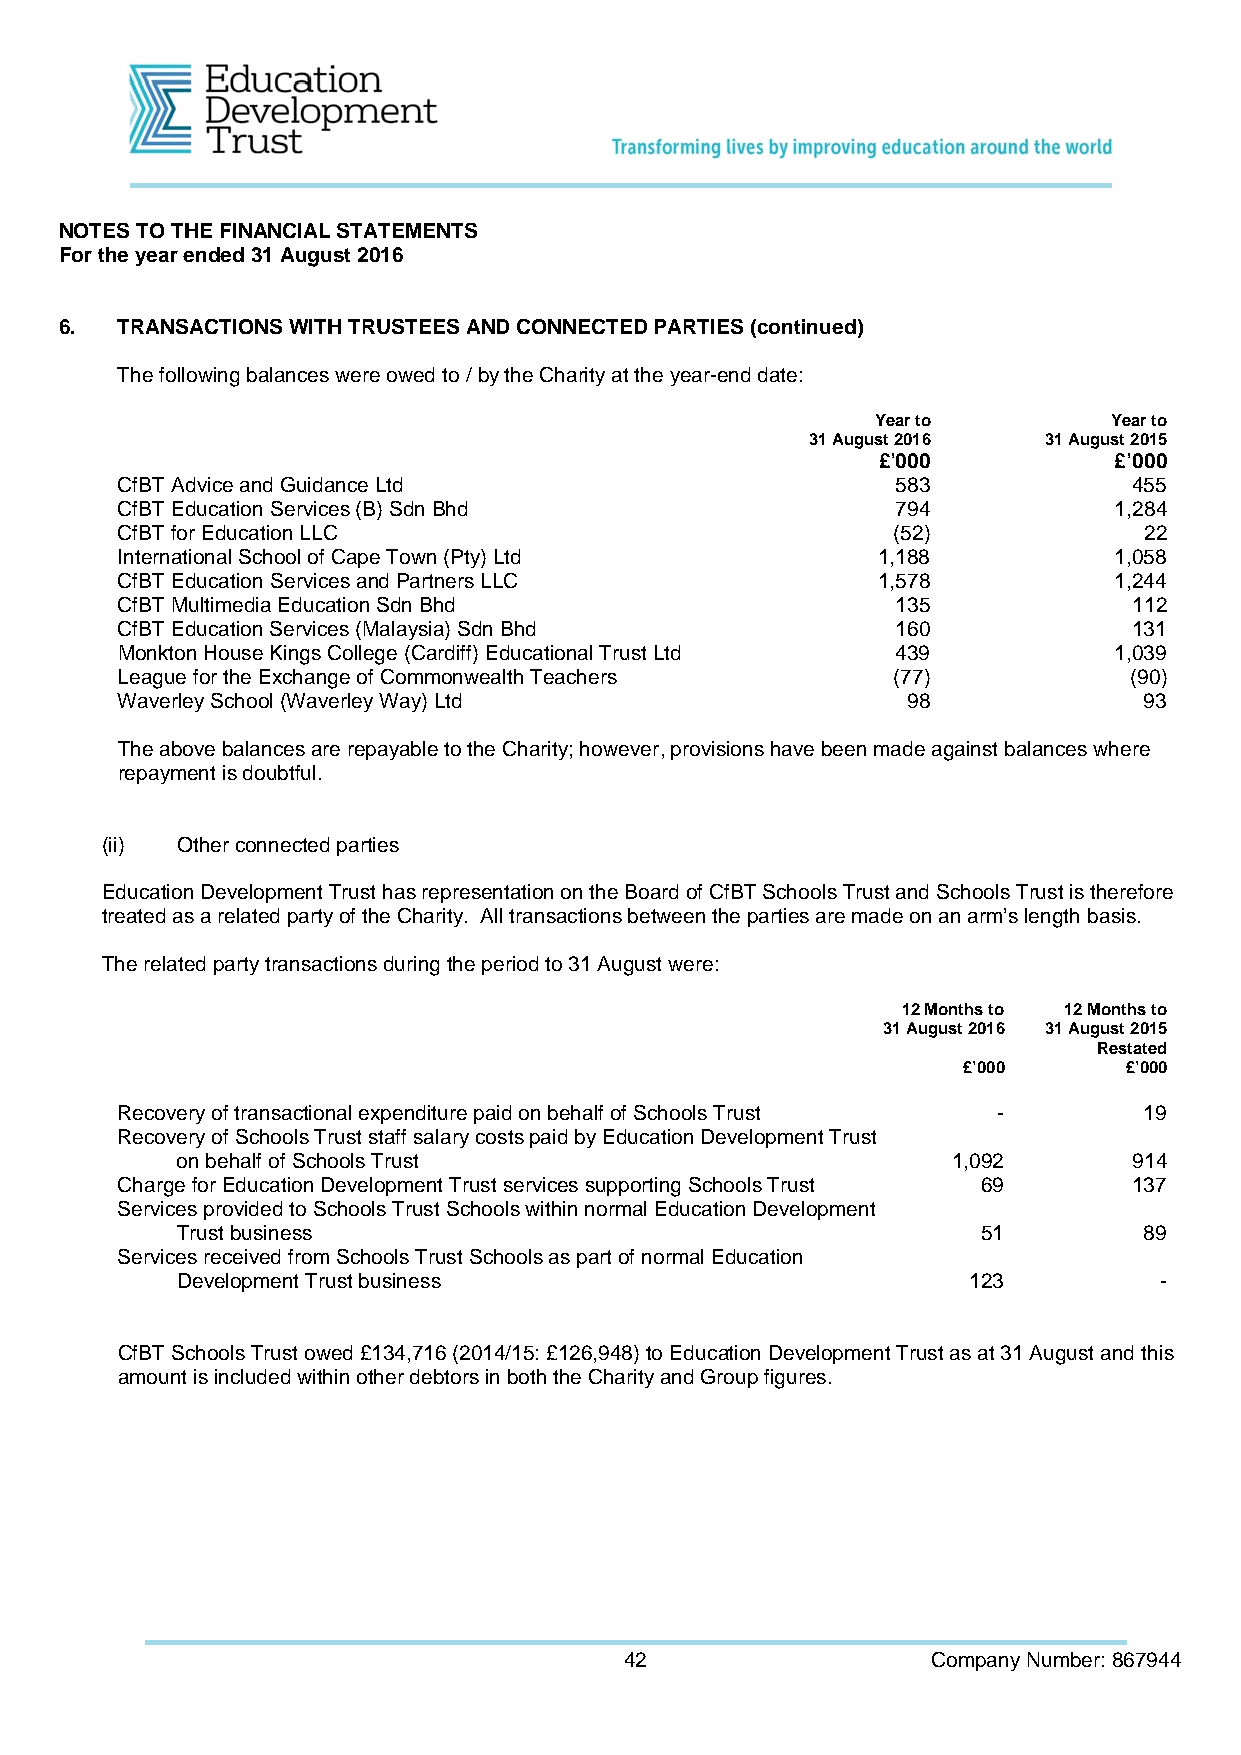
NOTES TO THE FINANCIAL STATEMENTS
 For the year ended 31 August 2016
 6.  TRANSACTIONS WITH TRUSTEES AND CONNECTED PARTIES (continued)
 The following balances were owed to / by the Charity at the year-end date:
 Year to        Year to
 31 August 2016 31 August 2015
 £’000           £’000
 CfBT Advice and Guidance Ltd                       583             455
 CfBT Education Services (B) Sdn Bhd                794            1,284
 CfBT for Education LLC                             (52)             22
 International School of Cape Town (Pty) Ltd       1,188           1,058
 CfBT Education Services and Partners LLC          1,578           1,244
 CfBT Multimedia Education Sdn Bhd                  135             112
 CfBT Education Services (Malaysia) Sdn Bhd         160             131
 Monkton House Kings College (Cardiff) Educational Trust Ltd 439   1,039
 League for the Exchange of Commonwealth Teachers   (77)            (90)
 Waverley School (Waverley Way) Ltd                  98              93
 The above balances are repayable to the Charity; however, provisions have been made against balances where
 repayment is doubtful.
 (ii) Other connected parties
 Education Development Trust has representation on the Board of CfBT Schools Trust and Schools Trust is therefore
 treated as a related party of the Charity. All transactions between the parties are made on an arm’s length basis.
 The related party transactions during the period to 31 August were:
 12 Months to 12 Months to
 31 August 2016 31 August 2015
 Restated
 £’000     £’000
 Recovery of transactional expenditure paid on behalf of Schools Trust - 19
 Recovery of Schools Trust staff salary costs paid by Education Development Trust
 on behalf of Schools Trust                         1,092       914
 Charge for Education Development Trust services supporting Schools Trust 69 137
 Services provided to Schools Trust Schools within normal Education Development
 Trust business                                       51         89
 Services received from Schools Trust Schools as part of normal Education
 Development Trust business                          123          -
 CfBT Schools Trust owed £134,716 (2014/15: £126,948) to Education Development Trust as at 31 August and this
 amount is included within other debtors in both the Charity and Group figures.
 42                   Company Number: 867944